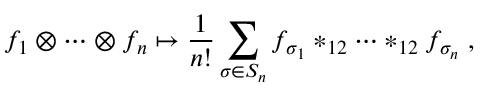
f _ { 1 } \otimes \cdots \otimes f _ { n } \mapsto \frac { 1 } { n ! } \sum _ { \sigma \in S _ { n } } f _ { \sigma _ { 1 } } \ast _ { 1 2 } \cdots \ast _ { 1 2 } f _ { \sigma _ { n } } \; ,